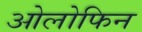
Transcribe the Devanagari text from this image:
ओलोफिन